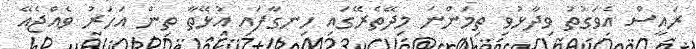
ރައީސް އެވަގުތު ވިދާޅުވި ތިމަންނަ މިދޭތެރޭގައި ހިނގާފައި އުޅޭތާ ތިން އަހަރު ވެއްޖެއޭ